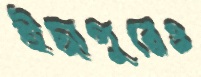
ইছাপুরেও